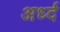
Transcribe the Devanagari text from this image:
अर्ध्द